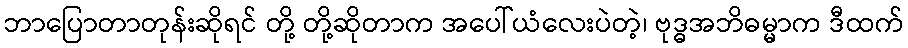
ဘာပြောတာတုန်းဆိုရင် တို့ တို့ဆိုတာက အပေါ်ယံလေးပဲတဲ့၊ ဗုဒ္ဓအဘိဓမ္မာက ဒီထက်